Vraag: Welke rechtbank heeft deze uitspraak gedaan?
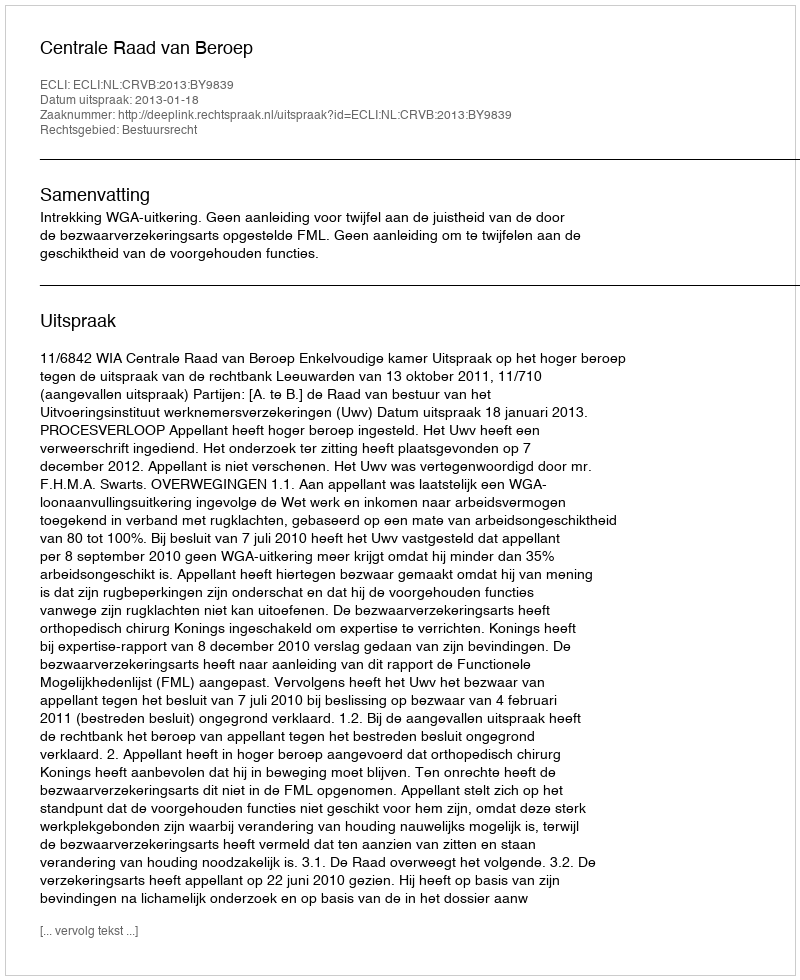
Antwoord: Centrale Raad van Beroep